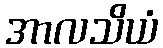
အာလသိယံ